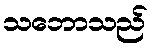
သဘောသည်